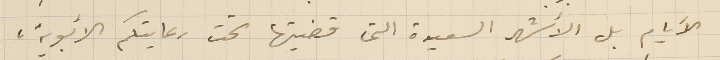
الأيام بل الأشهر السعيدة التى قضيتها تحت رعايتكم الأبوية،